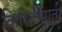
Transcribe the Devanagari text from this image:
किरितीमाती